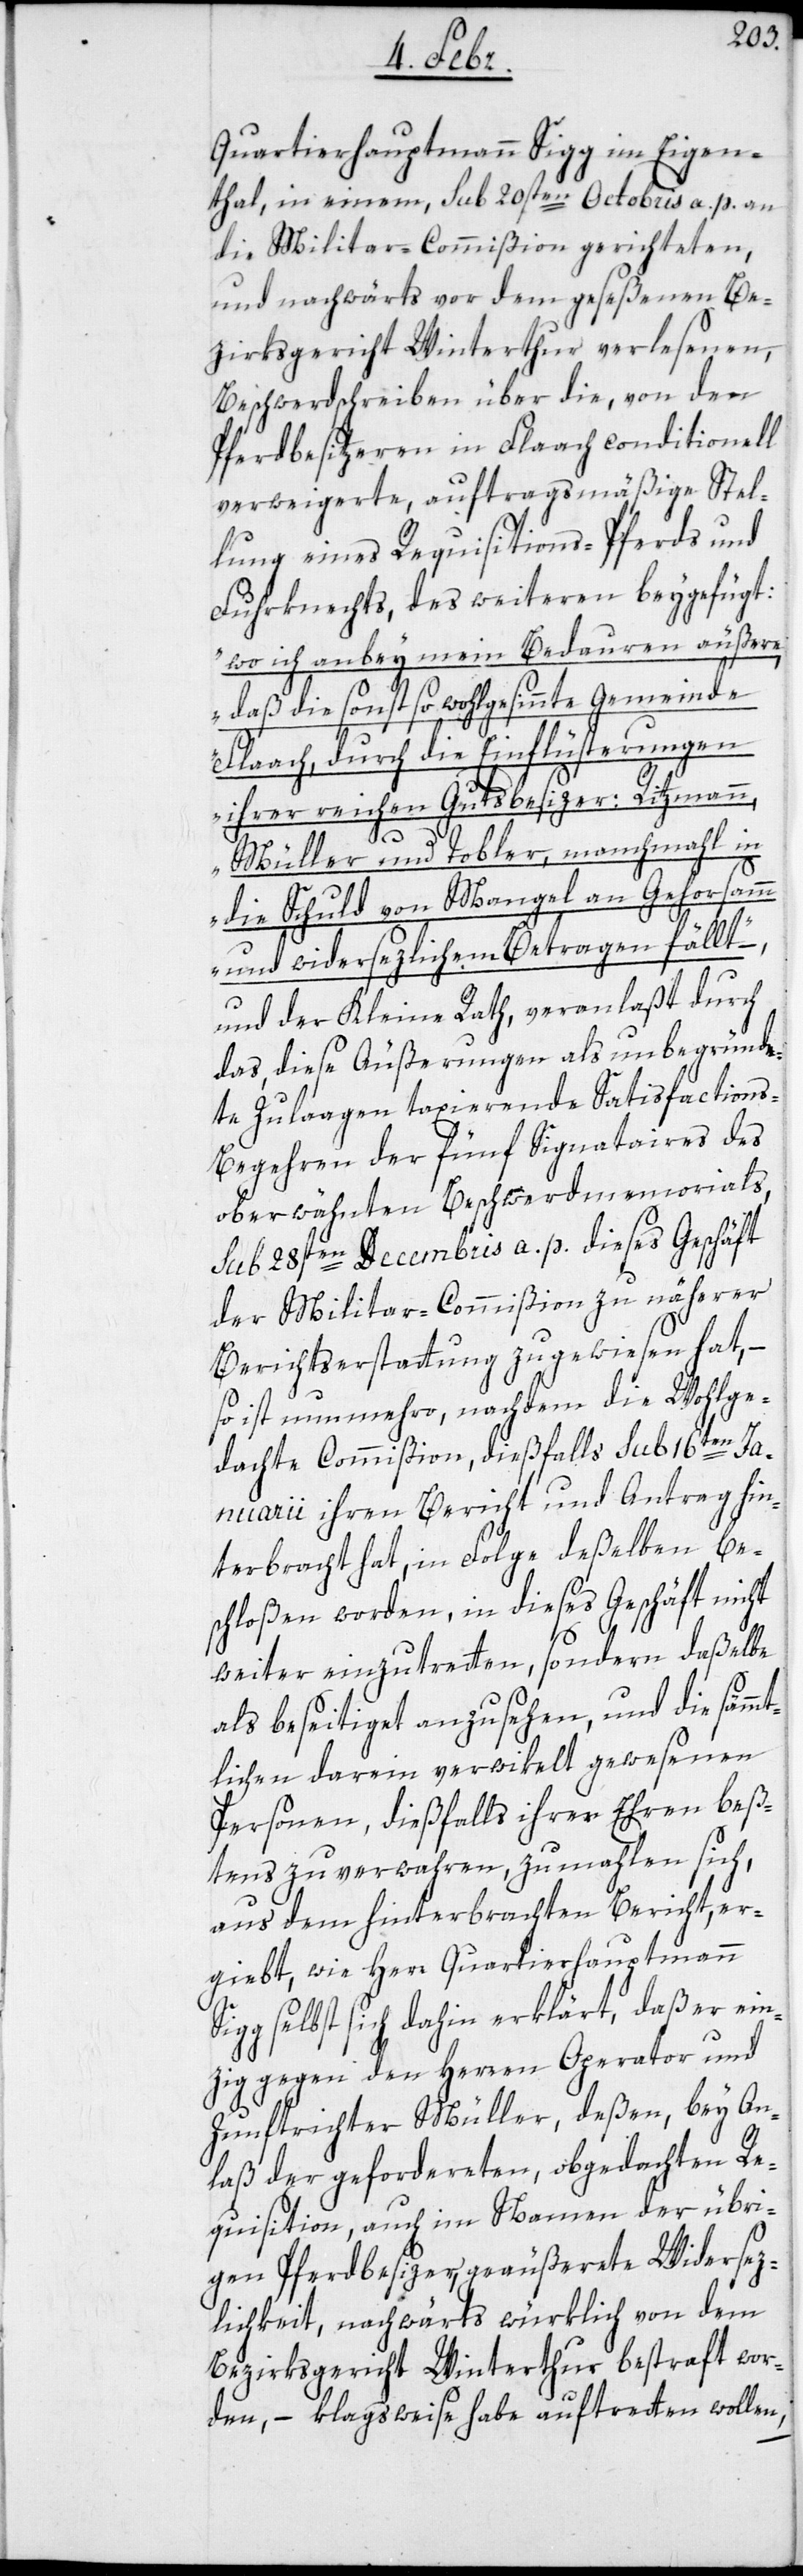
Quartierhauptmann Sigg im Eigen¬
thal, in einem, sub 20sten Octobris a. p. an
die Militar-Commißion gerichteten,
und nachwärts von dem geseßenen Be¬
zirksgericht Winterthur verlesenen,
Beschwerdschreiben über die, von den
Pferdbesitzeren in Flaach conditionell
verweigerte, auftragsmäßige Stel¬
lung eines Requisitions-Pferds und
Fuhrknechts, des weiteren beyfügt:
„wo ich anbey mein Bedauren äußere,
daß die sonst so wohlgesinnte Gemeinde
Flaach, durch die Einflüsterungen
ihrer reichen Gutsbesizer: Ritzmann,
Müller und Tobler, manchmahl in
die Schuld von Mangel an Gehorsamm
und widersezlichem Betragen fällt“,
und der Kleine Rath, veranlaßt durch
das, diese Äußerungen als unbegründe¬
te Zulaagen taxierende Satisfaction¬
s-Begehren der fünf Signataires des
oberwähnten Beschwerdmemorials,
sub 28sten Decembris a. p. dieses Geschäft
der Militar-Commißion zu näherer
Berichtserstattung zugewiesen hat, –
so ist nunmehro, nachdem die Wohlge¬
dachte Commißion, dießfalls sub 16ten Ja¬
nuarii ihren Bericht und Antrag hin¬
terbracht hat, in Folge deßelben be¬
schloßen worden, in dieses Geschäft nicht
weiter einzutretten, sondern daßelbe
als beseitiget anzusehen, und die sämm¬
tlichen darein verwikelt gewesenen
Personen, dießfalls ihrer Ehren beß¬
tens zu verwahren, zumahlen sich,
aus dem hinterbrachten Bericht, er¬
gibt, wie Herr Quartierhauptmann
Sigg selbst sich dahin erklärt, daß er ein¬
zig gegen den Herren Operator und
Zunftrichter Müller, deßen bey An¬
laß der geforderten, obgedachten Re¬
quisition, auch im Namen der übri¬
gen Pferdbesizer geäußerte Widersez¬
lichkeit, nachwärts würklich von dem
Bezirksgericht Winterthur bestraft wor¬
den, – klagsweise habe auftretten wollen,